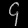
Digit: ၄